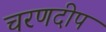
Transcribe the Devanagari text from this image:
चरणदीप